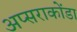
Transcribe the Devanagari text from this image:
अप्सराकोंडा